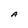
Character: A